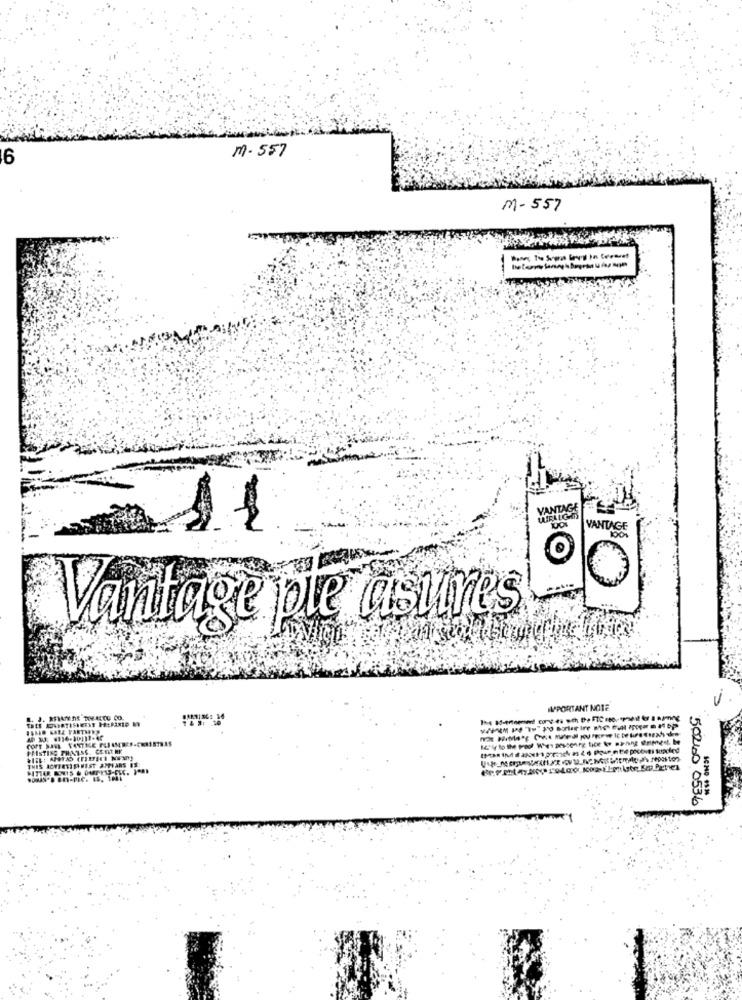
6
M. 557
m-557
VANTAGE
WIEALGHE
11
VANTAGE
Vantage ple asures
IMPORTANT NOTE
FRISTING THATSS. CERT HE
THIS ACVERVIELHEST APPYARS IS
50200 0536